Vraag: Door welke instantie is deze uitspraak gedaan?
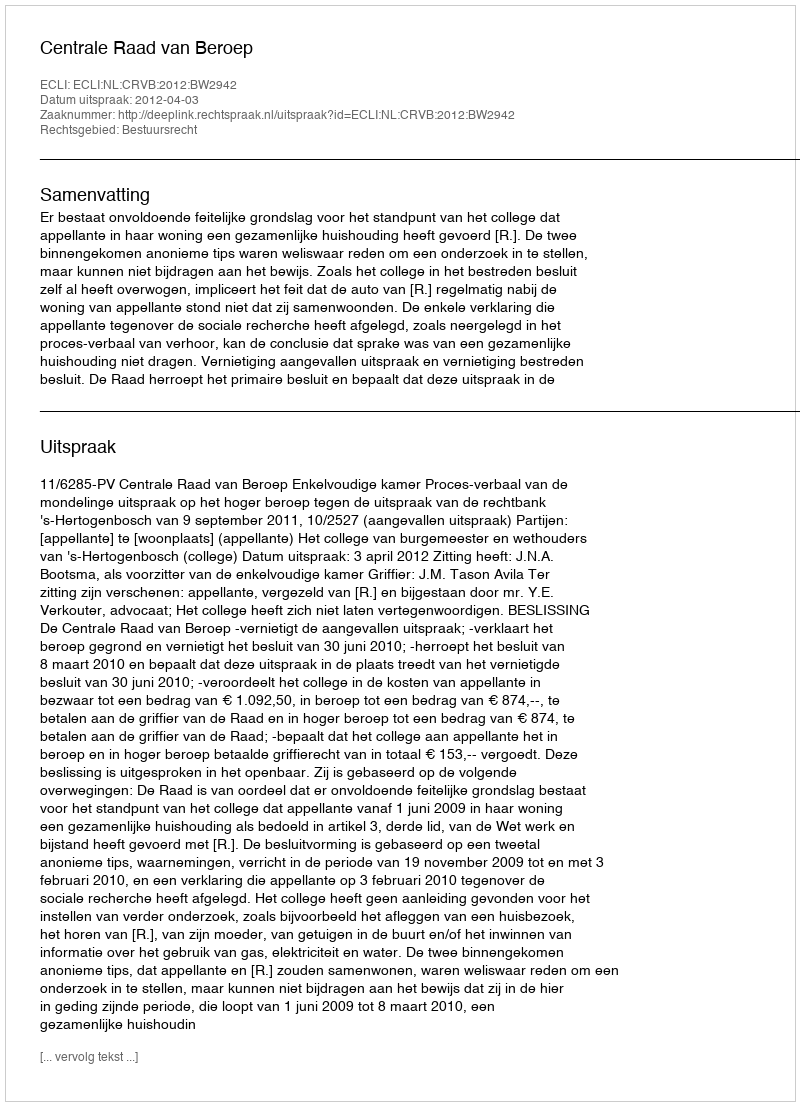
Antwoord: Centrale Raad van Beroep